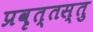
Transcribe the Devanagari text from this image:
प्रवृत्तस्तु